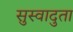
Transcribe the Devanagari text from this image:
सुस्वादुता